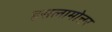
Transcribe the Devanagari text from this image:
इसलामोत्तर